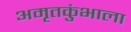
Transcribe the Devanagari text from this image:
अमृतकुंभाला